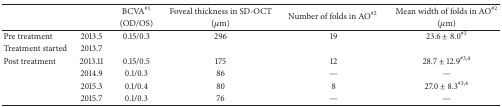
<table><thead><tr><td rowspan="2"><b> </b></td><td rowspan="2"><b> </b></td><td><b>BCVA<sup>#1</sup></b></td><td><b>Foveal thickness in SD-OCT</b></td><td rowspan="2"><b>Number of folds in AO<sup>#2</sup></b></td><td><b>Mean width of folds in AO<sup>#2</sup></b></td></tr><tr><td><b>(OD/OS)</b></td><td><b>(<i>μ</i>m)</b></td><td><b>(<i>μ</i>m)</b></td></tr></thead><tbody><tr><td>Pre treatment</td><td>2013.5</td><td>0.15/0.3</td><td>296</td><td>19</td><td>23.6 ± 8.0<sup>#3</sup></td></tr><tr><td>Treatment started</td><td>2013.7</td><td> </td><td> </td><td> </td><td> </td></tr><tr><td>Post treatment</td><td>2013.11</td><td>0.15/0.5</td><td>175</td><td>12</td><td>28.7 ± 12.9<sup>#3,4</sup></td></tr><tr><td> </td><td>2014.9</td><td>0.1/0.3</td><td>86</td><td>—</td><td>—</td></tr><tr><td> </td><td>2015.3</td><td>0.1/0.4</td><td>80</td><td>8</td><td>27.0 ± 8.3<sup>#3,4</sup></td></tr><tr><td> </td><td>2015.7</td><td>0.1/0.3</td><td>76</td><td>—</td><td>—</td></tr></tbody></table>